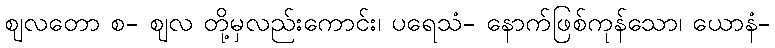
ဈလတော စ- ဈလ တို့မှလည်းကောင်း၊ ပရေသံ- နောက်ဖြစ်ကုန်သော၊ ယောနံ-